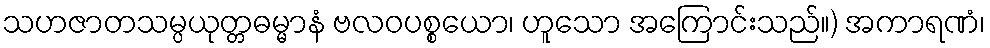
သဟဇာတသမ္ပယုတ္တဓမ္မာနံ ဗလဝပစ္စယော၊ ဟူသော အကြောင်းသည်။) အကာရဏံ၊